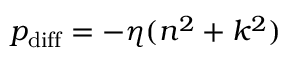
p _ { \mathrm { d i f f } } = - \eta ( n ^ { 2 } + k ^ { 2 } )